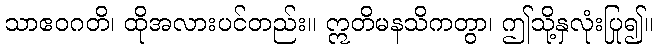
သာဧဝဂတိ၊ ထိုအလားပင်တည်း။ ဣတိမနသိကတွာ၊ ဤသို့နှလုံးပြု၍။